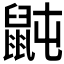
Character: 𪕅